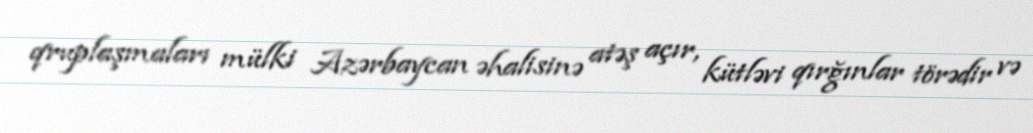
qruplaşmaları mülki Azərbaycan əhalisinə atəş açır, kütləvi qırğınlar törədir və